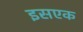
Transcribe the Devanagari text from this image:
इसएक